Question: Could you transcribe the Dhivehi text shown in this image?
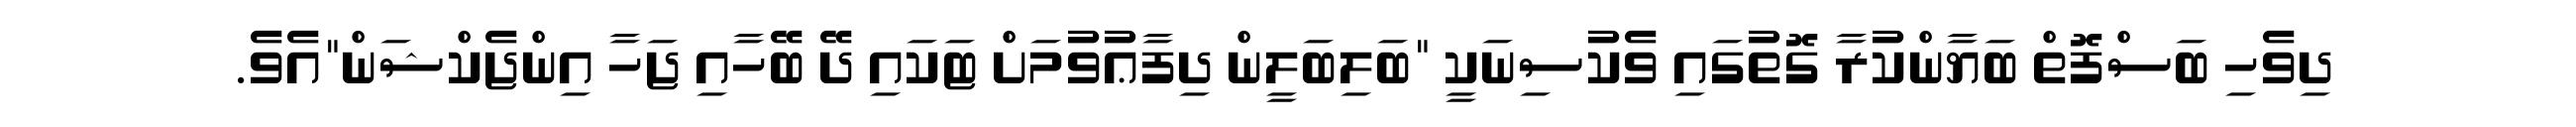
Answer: ދިވެހި ބަސްފޮތް ބަޔާންކުރާ ގޮތުގައި ވެކުސިނަކީ "ބަލިބަލީން ދިފާޢުވުމަށް ޓަކައި ދޭ ބޭހާއި ޖަހާ އިންޖެކްޝަން"އެވެ.